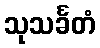
သုသင်္ခတံ